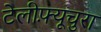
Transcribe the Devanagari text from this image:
टेलीफ़्यूचुरा